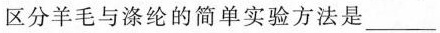
区分羊毛与涤纶的简单实验方法是___